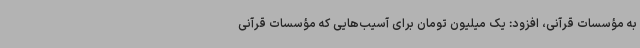
به مؤسسات قرآنی، افزود: یک میلیون تومان برای آسیب‌هایی که مؤسسات قرآنی